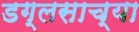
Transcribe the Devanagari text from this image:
डग्लसाच्या